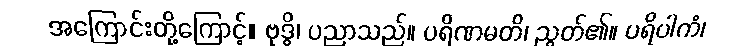
အကြောင်းတို့ကြောင့်။ ဗုဒ္ဓိ၊ ပညာသည်။ ပရိဏမတိ၊ ညွတ်၏။ ပရိပါကံ၊